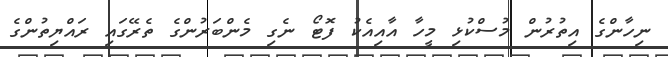
ނިހާންގެ އިތުރުން މުސްކުޅި މީހާ އާއިއެކު ފޮޓޯ ނެގި މެންބަރުންގެ ތެރޭގައި ރައްޔިތުންގެ